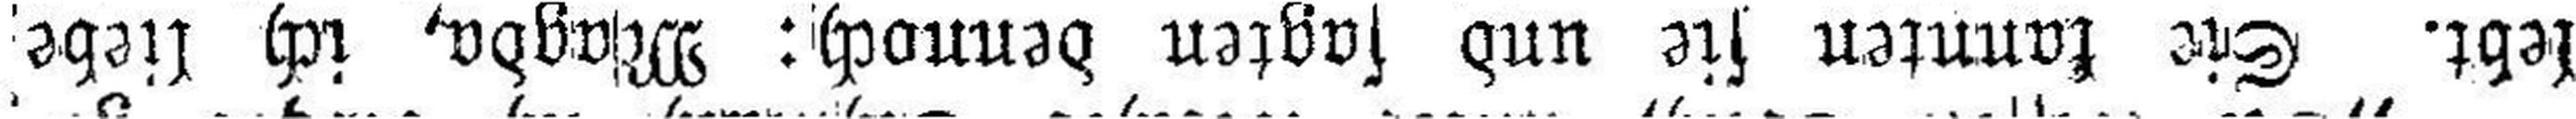
lebt. Sie kannten sie und sagten dennoch: Magda, ich liebe